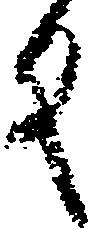
反